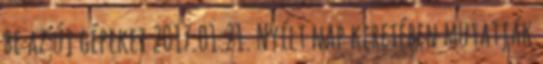
be az új gépeket 2017.01.21. Nyílt nap keretében mutatják